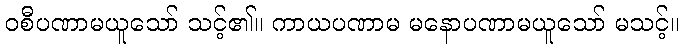
ဝစီပဏာမယူသော် သင့်၏။ ကာယပဏာမ မနောပဏာမယူသော် မသင့်။